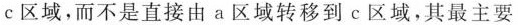
c区域，而不是直接由a区域转移到c区域，其最主要